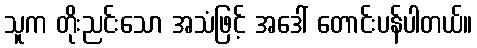
သူက တိုးညင်းသော အသံဖြင့် အဒေါ် တောင်းပန်ပါတယ်။